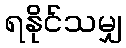
ရနိုင်သမျှ